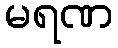
မရဏ